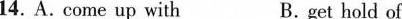
14.A. come up with B.get hold of